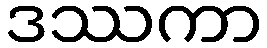
ဒဿကာ